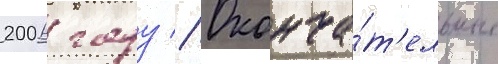
2006 году // Оконча́т'ельные